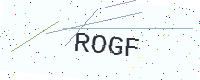
Text: ROGF